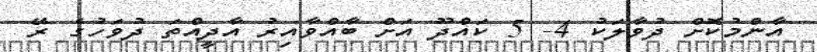
އާންމުކޮށް ދުވާލަކު 4- 5 ކައްދޫ އަށް ބާއްވާއިރު އާދީއްތަ ދުވަހުގެ ރޭ